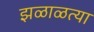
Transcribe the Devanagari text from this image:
झळाळत्या